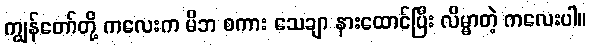
ကျွန်တော်တို့ ကလေးက မိဘ စကား သေချာ နားထောင်ပြီး လိမ္မာတဲ့ ကလေးပါ။